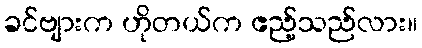
ခင်ဗျားက ဟိုတယ်က ဧည့်သည်လား။